Report of the Indian Hemp Drugs Commission, 1894-1895 - Volume IV
Year: 1894
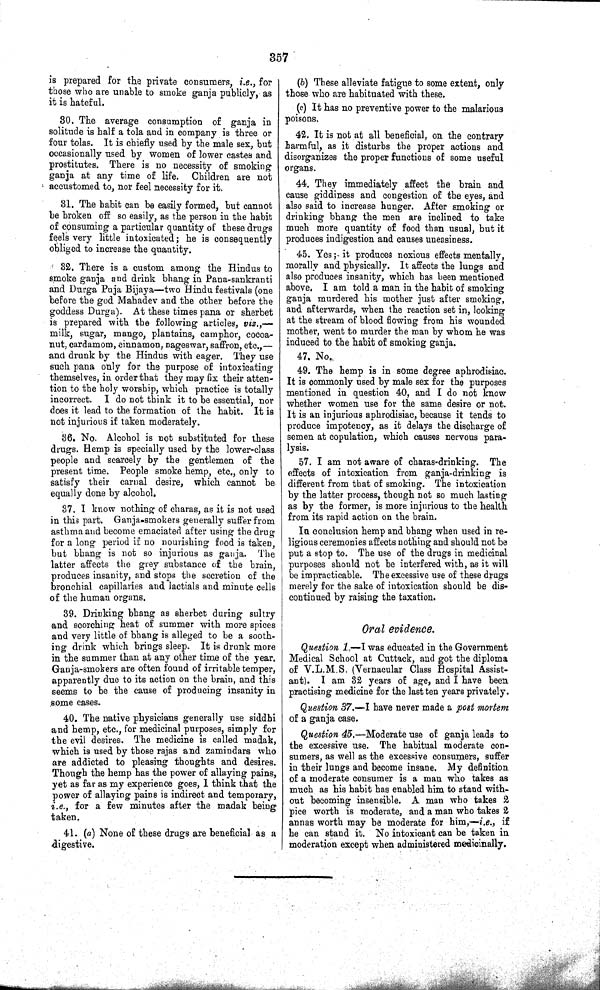
357
is prepared for the private consumers, i.e., for
those who are unable to smoke ganja publicly, as
it is hateful.
30. The average consumption of ganja in
solitude is half a tola and in company is three or
four tolas. It is chiefly used by the male sex, but
occasionally used by women of lower castes and
prostitutes. There is no necessity of smoking
ganja at any time of life. Children are not
accustomed to, nor feel necessity for it.
31. The habit can be easily formed, but cannot
be broken off so easily, as the person in the habit
of consuming a particular quantity of these drugs
feels very little intoxicated; he is consequently
obliged to increase the quantity.
32. There is a custom among the Hindus to
smoke ganja and drink bhang in Pana-sankranti
and Durga Puja Bijaya—two Hindu festivals (one
before the god Mahadev and the other before the
goddess Durga). At these times pana or sherbet
is prepared with the following articles, viz.,—
milk, sugar, mango, plantains, camphor, cocoa-
nut, cardamom, cinnamon, nageswar, saffron, etc.,—
and drunk by the Hindus with eager. They use
such pana only for the purpose of intoxicating
themselves, in order that they may fix their atten-
tion to the holy worship, which practice is totally
incorrect. I do not think it to be essential, nor
does it lead to the formation of the habit. It is
not injurious if taken moderately.
36. No. Alcohol is not substituted for these
drugs. Hemp is specially used by the lower-class
people and scarcely by the gentlemen of the
present time. People smoke hemp, etc., only to
satisfy their carnal desire, which cannot be
equally done by alcohol.
37. I know nothing of charas, as it is not used
in this part. Ganja-smokers generally suffer from
asthma and become emaciated after using the drug
for a long period if no nourishing food is taken,
but bhang is not so injurious as ganja. The
latter affects the grey substance of the brain,
produces insanity, and stops the secretion of the
bronchial capillaries and lactials and minute cells
of the human organs.
39. Drinking bhang as sherbet during sultry
and scorching heat of summer with more spices
and very little of bhang is alleged to be a sooth-
ing drink which brings sleep. It is drunk more
in the summer than at any other time of the year.
Ganja-smokers are often found of irritable temper,
apparently due to its action on the brain, and this
seems to be the cause of producing insanity in
some cases.
40. The native physicians generally use siddhi
and hemp, etc., for medicinal purposes, simply for
the evil desires. The medicine is called madak,
which is used by those rajas and zamindars who
are addicted to pleasing thoughts and desires.
Though the hemp has the power of allaying pains,
yet as far as my experience goes, I think that the
power of allaying pains is indirect and temporary,
i.e., for a few minutes after the madak being
taken.
41. (a) None of these drugs are beneficial as a
digestive.
(b) These alleviate fatigue to some extent, only
those who are habituated with these.
(c) It has no preventive power to the malarious
poisons.
42. It is not at all beneficial, on the contrary
harmful, as it disturbs the proper actions and
disorganizes the proper functions of some useful
organs.
44. They immediately affect the brain and
cause giddiness and congestion of the eyes, and
also said to increase hunger. After smoking or
drinking bhang the men are inclined to take
much more quantity of food than usual, but it
produces indigestion and causes uneasiness.
45. Yes; it produces noxious effects mentally,
morally and physically. It affects the lungs and
also produces insanity, which has been mentioned
above. I am told a man in the habit of smoking
ganja murdered his mother just after smoking,
and afterwards, when the reaction set in, looking
at the stream of blood flowing from his wounded
mother, went to murder the man by whom he was
induced to the habit of smoking ganja.
47. No.
49. The hemp is in some degree aphrodisiac.
It is commonly used by male sex for the purposes
mentioned in question 40, and I do not know
whether women use for the same desire or not.
It is an injurious aphrodisiac, because it tends to
produce impotency, as it delays the discharge of
semen at copulation, which causes nervous para-
lysis.
57. I am not aware of charas-drinking. The
effects of intoxication from ganja-drinking is
different from that of smoking. The intoxication
by the latter process, though not so much lasting
as by the former, is more injurious to the health
from its rapid action on the brain.
In conclusion hemp and bhang when used in re-
ligious ceremonies affects nothing and should not be
put a stop to. The use of the drugs in medicinal
purposes should not be interfered with, as it will
be impracticable. The excessive use of these drugs
merely for the sake of intoxication should be dis-
continued by raising the taxation.
Oral evidence.
Question 1.—I was educated in the Government
Medical School at Cuttack, and got the diploma
of V.L.M.S. (Vernacular Class Hospital Assist-
ant). I am 32 years of age, and I have been
practising medicine for the last ten years privately.
Question 37.—I have never made a post mortem
of a ganja case.
Question 45.—Moderate use of ganja leads to
the excessive use. The habitual moderate con-
sumers, as well as the excessive consumers, suffer
in their lungs and become insane. My definition
of a moderate consumer is a man who takes as
much as his habit has enabled him to stand with-
out becoming insensible. A man who takes 2
pice worth is moderate, and a man who takes 2
annas worth may be moderate for him,—i.e., if
he can stand it. No intoxicant can be taken in
moderation except when administered medicinally.